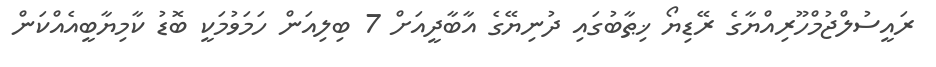
ރައީސުލްޖުމްހޫރިއްޔާގެ ރޭޑިޔޯ ޚިޠާބުގައި ދުނިޔޭގެ އާބާދީއަށް 7 ބިލިއަން ހަމަވުމަކީ ބޮޑު ކާމިޔާބީއެއްކަން